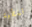
تغطية